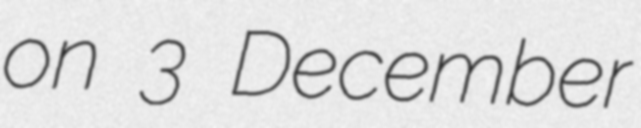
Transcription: on 3 December